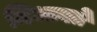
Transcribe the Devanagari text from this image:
निभावते